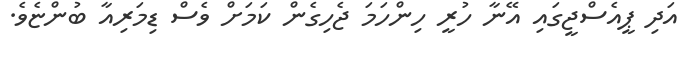
އަދި ޕީއެސްޖީގައި އޭނާ ހުރީ ހިންހަމަ ޖެހިގެން ކަމަށް ވެސް ޑިމަރިއާ ބުންޏެވެ.